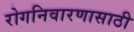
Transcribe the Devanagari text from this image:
रोगनिवारणासाठी